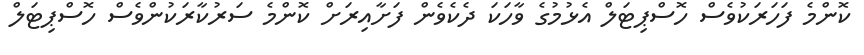
ކޮންމެ ފަހަރަކުވެސް ހޮސްޕިޓަލް އެޅުމުގެ ވާހަކަ ދެކެވެން ފަށާއިރަށް ކޮންމެ ސަރުކާރަކުންވެސް ހޮސްޕިޓަލް